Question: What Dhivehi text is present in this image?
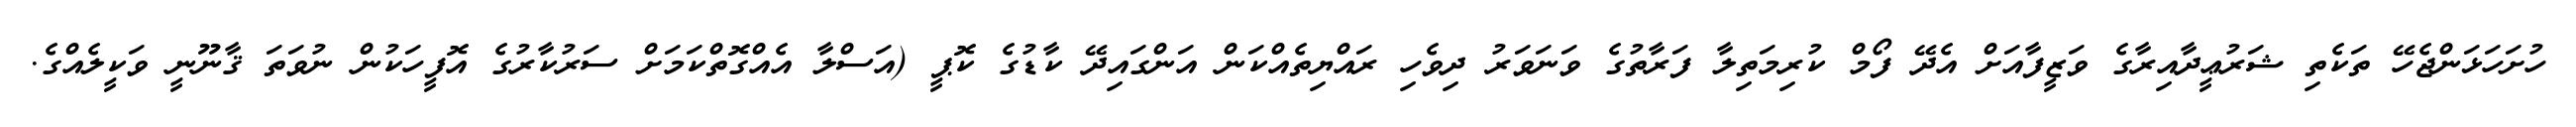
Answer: ހުށަހަޅަންޖެހޭ ތަކެތި ޝަރުޢީދާއިރާގެ ވަޒީފާއަށް އެދޭ ފޯމް ކުރިމަތިލާ ފަރާތުގެ ވަނަވަރު ދިވެހި ރައްޔިތެއްކަން އަންގައިދޭ ކާޑުގެ ކޮޕީ (އަސްލާ އެއްގޮތްކަމަށް ސަރުކާރުގެ އޮފީހަކުން ނުވަތަ ޤާނޫނީ ވަކީލެއްގެ.